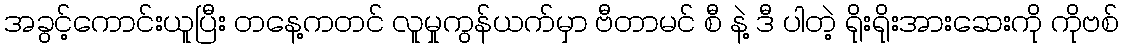
အခွင့်ကောင်းယူပြီး တနေ့ကတင် လူမှုကွန်ယက်မှာ ဗီတာမင် စီ နဲ့ ဒီ ပါတဲ့ ရိုးရိုးအားဆေးကို ကိုဗစ်